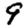
Digit: 9